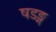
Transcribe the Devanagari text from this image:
षडङ्ग